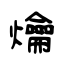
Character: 爚